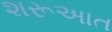
શરૂઅાત